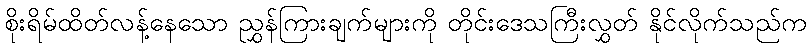
စိုးရိမ်ထိတ်လန့်နေသော ညွှန်ကြားချက်များကို တိုင်းဒေသကြီးလွှတ် နိုင်လိုက်သည်က